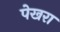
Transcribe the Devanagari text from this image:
पेखरा